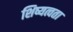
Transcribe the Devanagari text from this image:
शिष्यत्वता